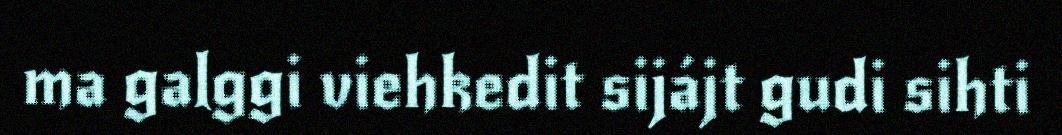
ma galggi viehkedit sijájt gudi sihti